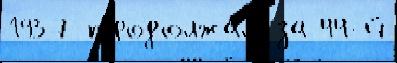
1937 продолжа́л за 44-й